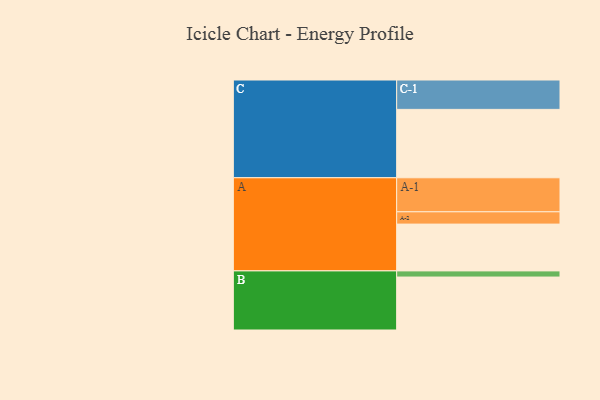
{"axis": {"x": "Segment", "y": "Value"}, "legend": ["", "A", "B", "C"], "data": [{"x": "A", "y": 403, "type": ""}, {"x": "B", "y": 456, "type": ""}, {"x": "C", "y": 589, "type": ""}, {"x": "A-1", "y": 293, "type": "A"}, {"x": "A-2", "y": 106, "type": "A"}, {"x": "B-1", "y": 53, "type": "B"}, {"x": "C-1", "y": 253, "type": "C"}]}